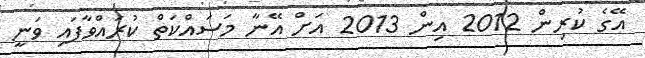
އޭގެ ކުރިން 2012 އިން 2013 އަށް އޭނާ މަސައްކަތް ކުރައްވާފައި ވަނީ